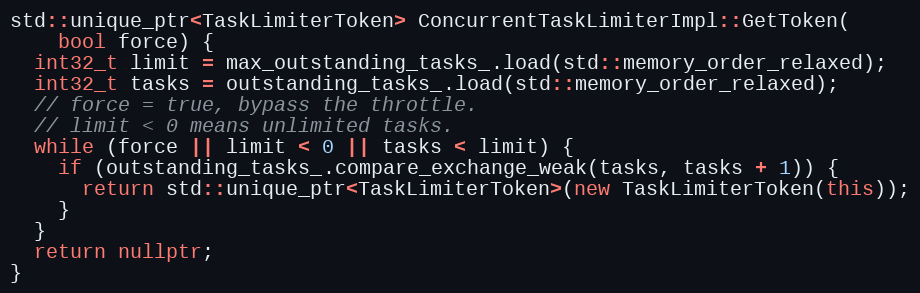
Language: C++
std::unique_ptr<TaskLimiterToken> ConcurrentTaskLimiterImpl::GetToken(
    bool force) {
  int32_t limit = max_outstanding_tasks_.load(std::memory_order_relaxed);
  int32_t tasks = outstanding_tasks_.load(std::memory_order_relaxed);
  // force = true, bypass the throttle.
  // limit < 0 means unlimited tasks.
  while (force || limit < 0 || tasks < limit) {
    if (outstanding_tasks_.compare_exchange_weak(tasks, tasks + 1)) {
      return std::unique_ptr<TaskLimiterToken>(new TaskLimiterToken(this));
    }
  }
  return nullptr;
}